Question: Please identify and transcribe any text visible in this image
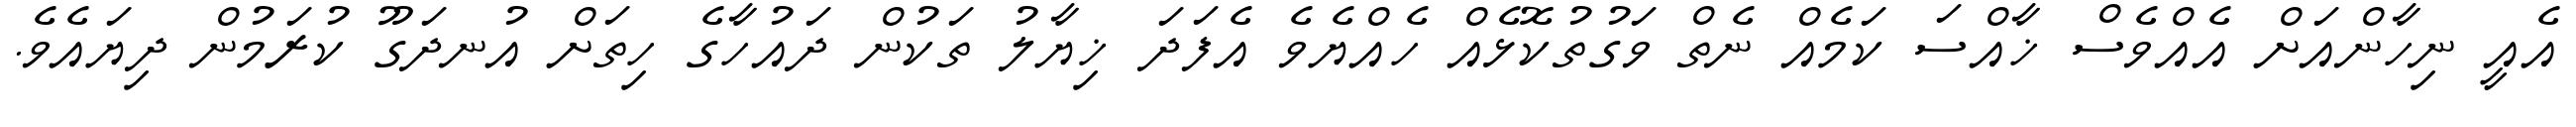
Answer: އެއީ ނިހާންއަށް އެއްވެސް ޚާއްސަ ކަމެއް ނެތް ވަގުތުކޮޅެއް ހެއްޔެވެ އެފަދަ ޚިޔާލު ތަކުން ދައުހާގެ ހިތަށް އުނދަގޫ ކުރަމުން ދިޔައެވެ.